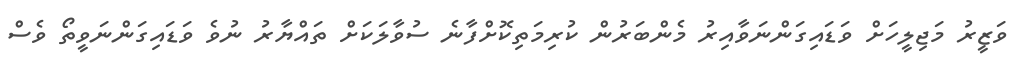
ވަޒީރު މަޖިލީހަށް ވަޑައިގަންނަވާއިރު މެންބަރުން ކުރިމަތިކޮށްފާނެ ސުވާލަކަށް ތައްޔާރު ނުވެ ވަޑައިގަންނަވީތޯ ވެސް